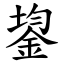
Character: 鋆